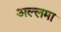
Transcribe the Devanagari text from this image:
अल्लमा